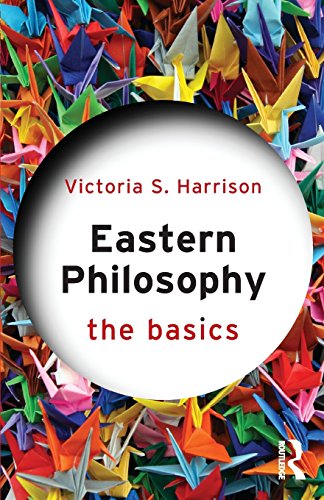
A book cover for Eastern Philosophy: The Basics; Victoria S. Harrison; Religion & Spirituality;